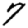
Digit: 7